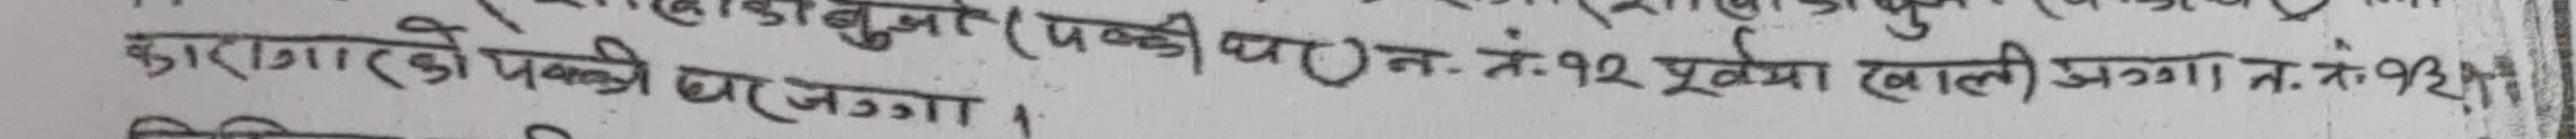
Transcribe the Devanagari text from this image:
कारागारको पक्की घर जग्गा ।
(पक्की थान. नं. १२ पूर्वमा खाली अग्गा न. नं. १३